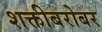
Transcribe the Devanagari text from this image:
शक्तीबरोबर